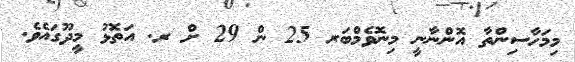
މިމަހާސިންތާ އޮންނާނީ މިނޮވެމްބަރ 25 ން 29 ށް ރ. އަތޮޅު މީދޫގައެވެ.